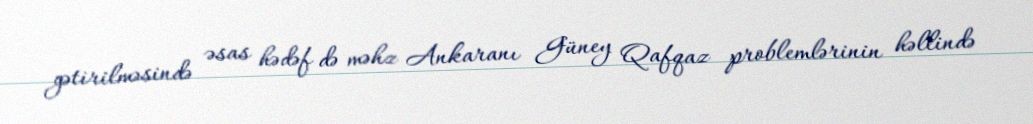
gətirilməsində əsas hədəf də məhz Ankaranı Güney Qafqaz problemlərinin həllində